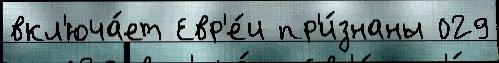
вкл'юча́ет Евр'е́и пр'и́знаны 029